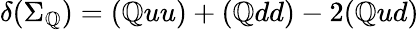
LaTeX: \delta({\Sigma_{\mathbb{Q}}})=(\mathbb{Q}uu)+(\mathbb{Q}dd)-2(\mathbb{Q}ud)